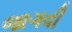
જાગવી